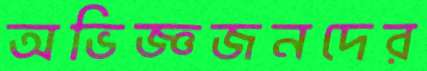
অভিজ্ঞজনদের